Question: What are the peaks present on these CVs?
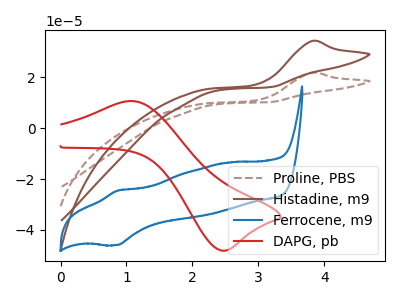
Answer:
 <answer>The brown dashed curve "Proline, PBS" has an anodic peak at: (3.80V, 21.85uA). The brown curve "Histadine, m9" has an anodic peak at: (3.80V, 34.30uA). The blue curve "Ferrocene, m9" has an anodic peak at (0.85V, -24.50uA) and a cathodic peak at (0.85V, -45.95uA). The red curve "DAPG, pb" has an anodic peak at (1.10V, 10.65uA) and a cathodic peak at (2.50V, -48.15uA).</answer>
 <eval></eval>